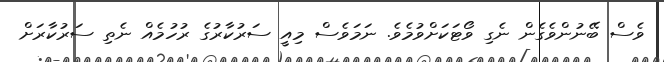
ވެސް ބޭނުންވެގެން ނެގި ވޯޓަކަށްވުމެވެ. ނަމަވެސް މިއީ ސަރުކާރުގެ ރުހުމެއް ނެތި ސަރުކާރަށް